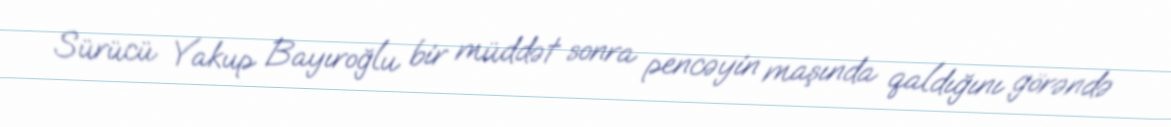
Sürücü Yakup Bayıroğlu bir müddət sonra pencəyin maşında qaldığını görəndə